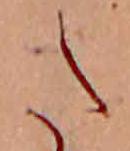
た